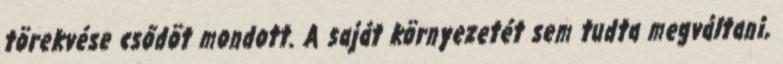
törekvése csődöt mondott. A saját környezetét sem tudta megváltani,